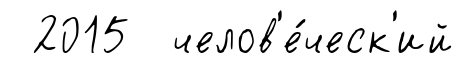
2015 челов'е́ческ'ий